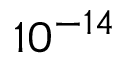
1 0 ^ { - 1 4 }